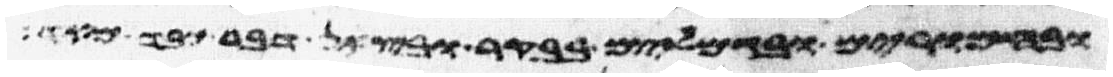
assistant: ובחמרים ובגמלים בבקר ובצאן דבר כבד מאד